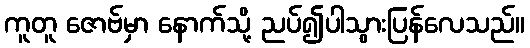
ကူတူ ဇောဗ်မှာ နောက်သို့ ညပ်၍ပါသွားပြန်လေသည်။